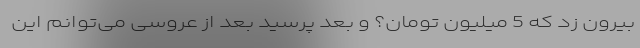
بیرون زد که 5 میلیون تومان؟ و بعد پرسید بعد از عروسی می‌توانم این